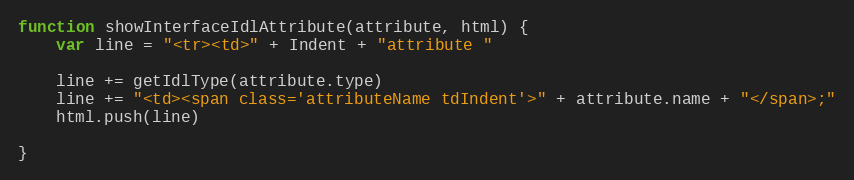
Language: JavaScript
function showInterfaceIdlAttribute(attribute, html) {
    var line = "<tr><td>" + Indent + "attribute "

    line += getIdlType(attribute.type)
    line += "<td><span class='attributeName tdIndent'>" + attribute.name + "</span>;"
    html.push(line)

}